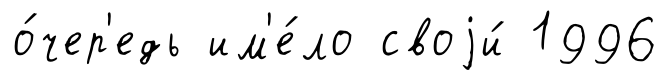
о́чер'едь им'е́ло своjи́ 1996